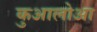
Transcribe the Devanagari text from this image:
कुआलोआ